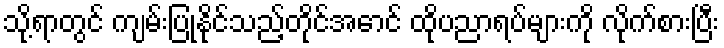
သို့ရာတွင် ကျမ်းပြုနိုင်သည့်တိုင်အောင် ထိုပညာရပ်များကို လိုက်စားပြီး